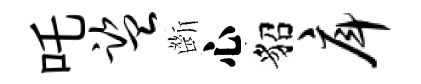
吒监㫁心貂戽